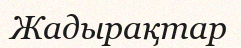
Жадырақтар